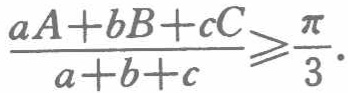
\frac{aA + bB + cC}{a + b + c} \geqslant \frac{\pi}{3}